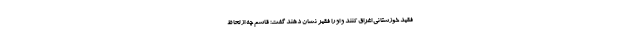
فقید خوزستانی اغراق کنند و او را فقیر نشان دهند گفت: قاسم چه از لحاظ